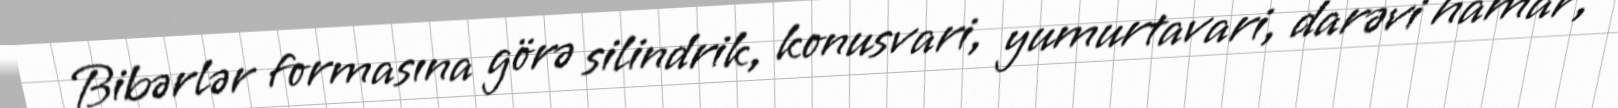
Bibərlər formasına görə silindrik, konusvari, yumurtavari, darəvi hamar,